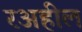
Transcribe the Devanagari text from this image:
रअहील